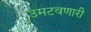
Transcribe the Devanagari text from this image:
उमटवणारी